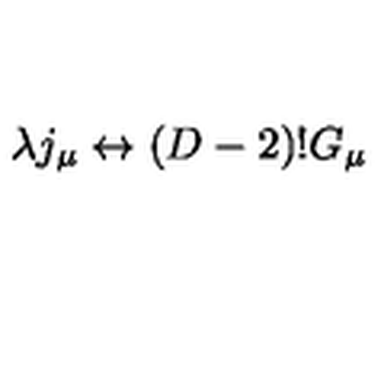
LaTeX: \lambda j _ { \mu } \leftrightarrow ( D - 2 ) ! G _ { \mu }